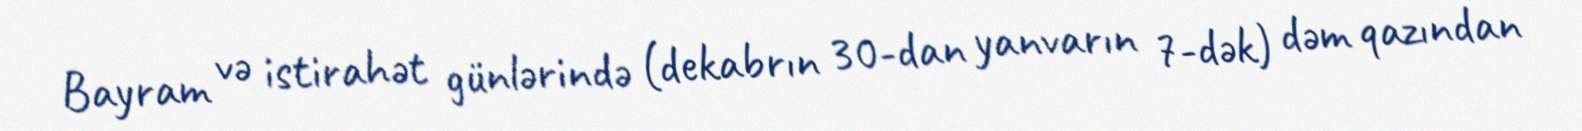
Bayram və istirahət günlərində (dekabrın 30-dan yanvarın 7-dək) dəm qazından